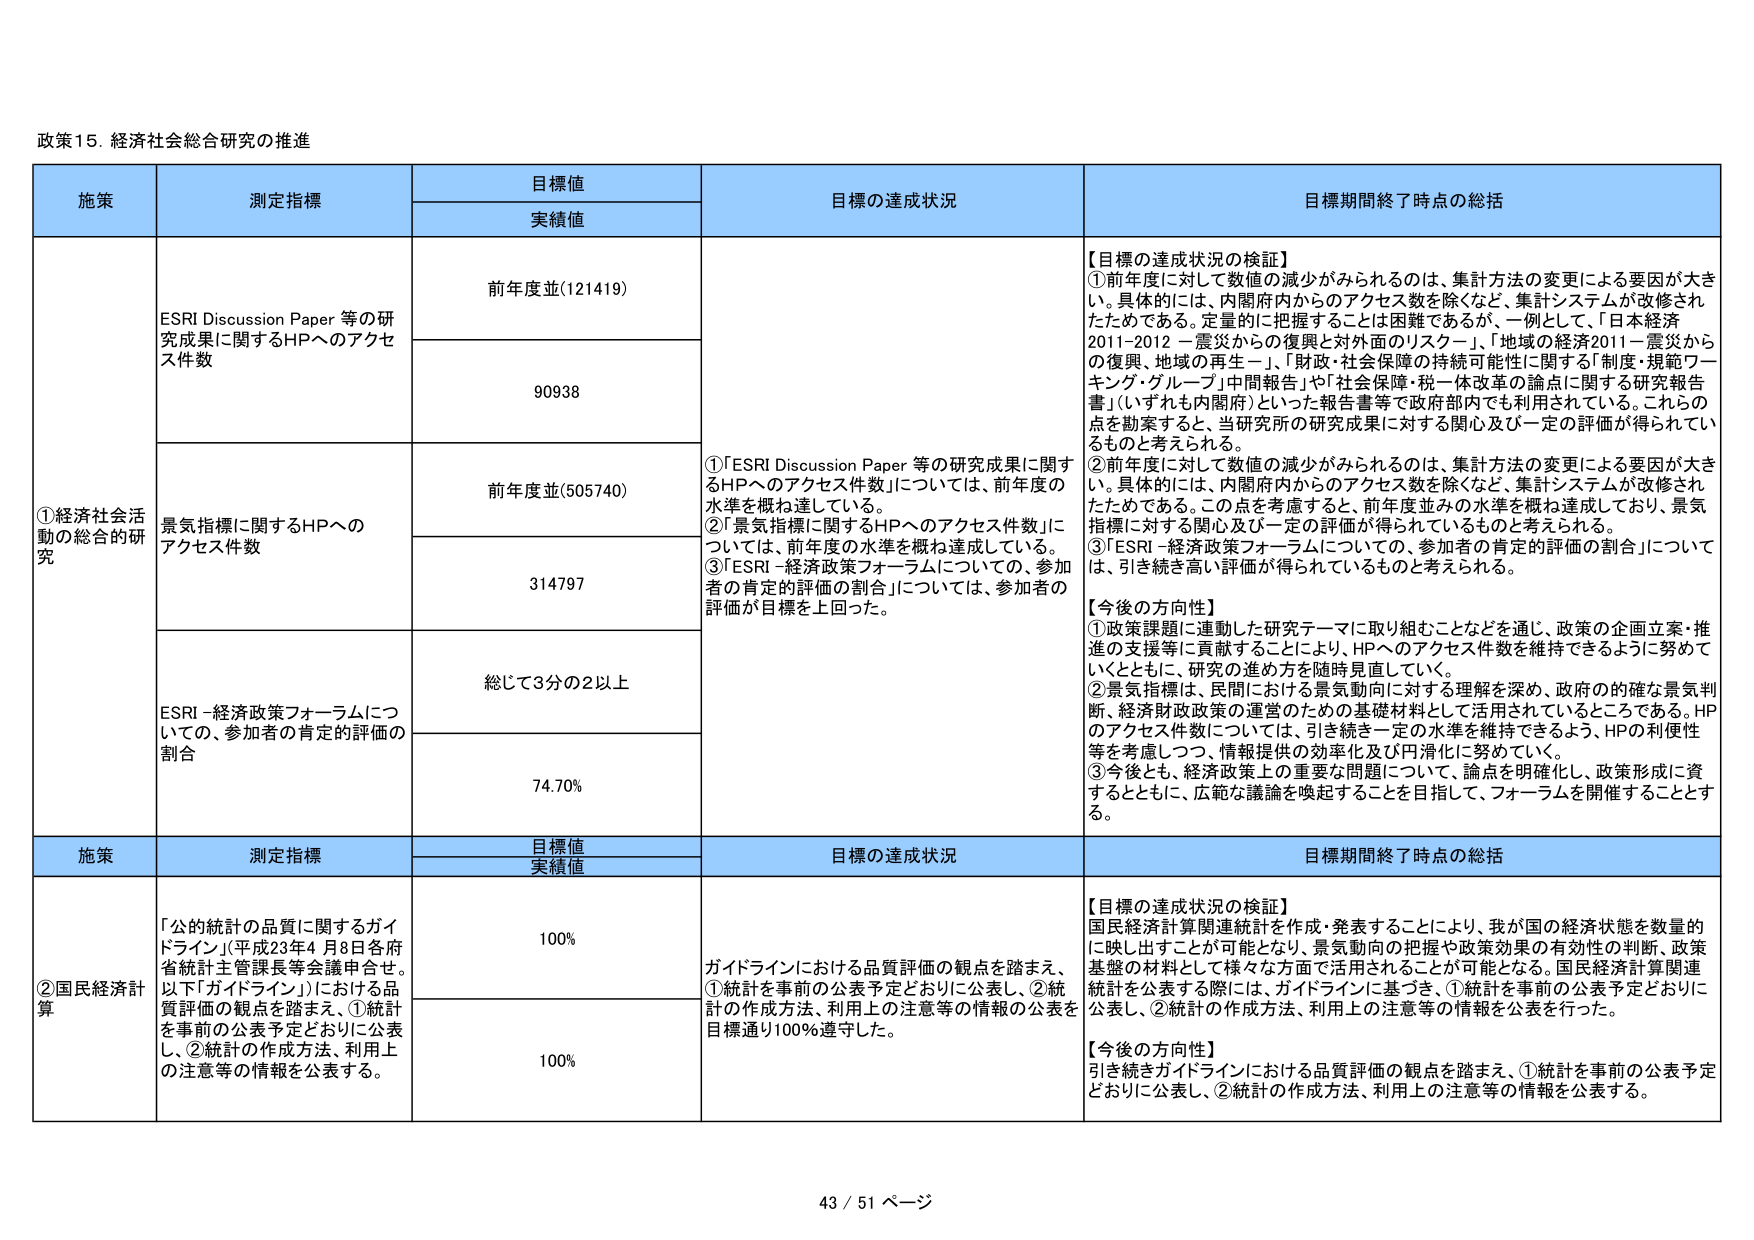
政策15. 経済社会総合研究の推進

施策 測定指標 目標値 実績値 目標の達成状況 目標期間終了時点の総括

①経済社会活動の総合的研究 ESRI Discussion Paper 等の研究成果に関するHPへのアクセス件数 前年度並(121419) 90938 ①「ESRI Discussion Paper 等の研究成果に関するHPへのアクセス件数」については、前年度の水準を概ね達している。 ②「景気指標に関するHPへのアクセス件数」については、前年度の水準を概ね達成している。 ③「ESRI－経済政策フォーラムについての、参加者の肯定的評価の割合」については、参加者の評価が目標を上回った。 【目標の達成状況の検証】 ①前年度に対して数値の減少がみられるのは、集計方法の変更による要因が大きい。具体的には、内閣府内からのアクセス数を除くなど、集計システムが改修されたためである。定量的に把握することは困難であるが、一例として、「日本経済2011-2012 －震災からの復興と対外面のリスク－」、「地域の経済2011－震災からの復興・地域の再生－」、「財政・社会保障の持続可能性に関する「制度・規範ワーキング・グループ」中間報告」や「社会保障・税一体改革の論点に関する研究報告書」（いずれも内閣府）といった報告書等で政府部内でも利用されている。これらの点を勘案すると、当研究所の研究成果に対する関心及び一定の評価が得られているものと考えられる。 ②前年度に対して数値の減少がみられるのは、集計方法の変更による要因が大きい。具体的には、内閣府内からのアクセス数を除くなど、集計システムが改修されたためである。この点を考慮すると、前年度並みの水準を概ね達成しており、景気指標に対する関心及び一定の評価が得られているものと考えられる。 ③「ESRI－経済政策フォーラムについての、参加者の肯定的評価の割合」については、引き続き高い評価が得られているものと考えられる。 【今後の方向性】 ①政策課題に連動した研究テーマに取り組むことなどを通じ、政策の企画立案・推進の支援等に貢献することにより、HPへのアクセス件数を維持できるように努めていくとともに、研究の進め方を随時見直していく。 ②景気指標は、民間における景気動向に対する理解を深め、政府の的確な景気判断、経済財政政策の運営のための基礎材料として活用されているところである。HPのアクセス件数については、引き続き一定の水準を維持できるよう、HPの利便性等を考慮しつつ、情報提供の効率化及び円滑化に努めていく。 ③今後とも、経済政策上の重要な問題について、論点を明確化し、政策形成に資するとともに、広範な議論を喚起することを目指して、フォーラムを開催することとする。

景気指標に関するHPへのアクセス件数 前年度並(505740) 314797

ESRI－経済政策フォーラムについての、参加者の肯定的評価の割合 総じて3分の2以上 74.70%

施策 測定指標 目標値 実績値 目標の達成状況 目標期間終了時点の総括

②国民経済計算 「公的統計の品質に関するガイドライン」（平成23年4月8日各府省統計主管課長等会議申合せ。以下「ガイドライン」）における品質評価の観点を踏まえ、①統計を事前の公表予定どおりに公表し、②統計の作成方法、利用上の注意等の情報を公表する。 100% ガイドラインにおける品質評価の観点を踏まえ、①統計を事前の公表予定どおりに公表し、②統計の作成方法、利用上の注意等の情報の公表を目標通り100%遵守した。 【目標の達成状況の検証】 国民経済計算関連統計を作成・発表することにより、我が国の経済状態を数量的に映し出すことが可能となり、景気動向の把握や政策効果の有効性の判断、政策基盤の材料として様々な方面で活用されることが可能となる。国民経済計算関連統計を公表する際には、ガイドラインに基づき、①統計を事前の公表予定どおりに公表し、②統計の作成方法、利用上の注意等の情報を公表を行った。 【今後の方向性】 引き続きガイドラインにおける品質評価の観点を踏まえ、①統計を事前の公表予定どおりに公表し、②統計の作成方法、利用上の注意等の情報を公表する。 100%

43 / 51 ページ